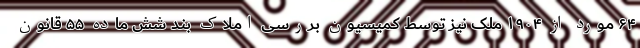
۶۴ مورد از ۱۹۰۴ ملک نیز توسط کمیسیون بررسی املاک بند شش ماده ۵۵ قانون